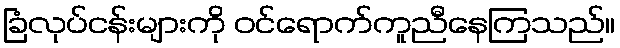
ခြံလုပ်ငန်းများကို ဝင်ရောက်ကူညီနေကြသည်။